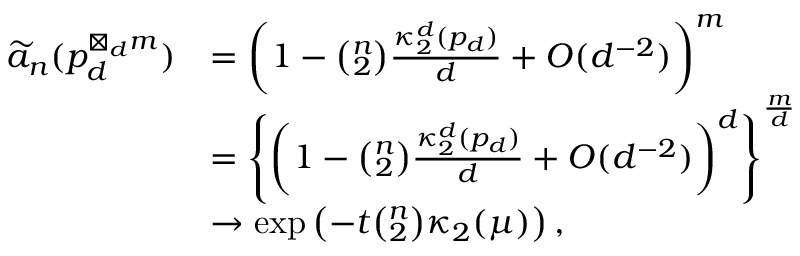
\begin{array} { r l } { \widetilde { a } _ { n } ( p _ { d } ^ { \boxtimes _ { d } m } ) } & { = \left( 1 - \binom { n } { 2 } \frac { \kappa _ { 2 } ^ { d } ( p _ { d } ) } { d } + O ( d ^ { - 2 } ) \right) ^ { m } } \\ & { = \left\{ \left( 1 - \binom { n } { 2 } \frac { \kappa _ { 2 } ^ { d } ( p _ { d } ) } { d } + O ( d ^ { - 2 } ) \right) ^ { d } \right\} ^ { \frac { m } { d } } } \\ & { \rightarrow \exp \left( - t \binom { n } { 2 } \kappa _ { 2 } ( \mu ) \right) , } \end{array}